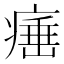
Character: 𤸣